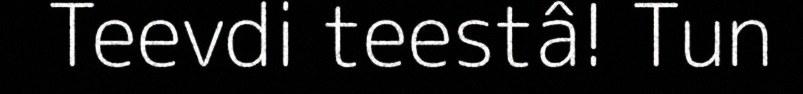
Teevdi teestâ! Tun